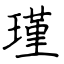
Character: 瑾